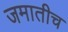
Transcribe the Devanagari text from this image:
जमातीच